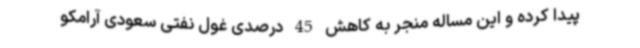
پیدا کرده و این مساله منجر به کاهش 45 درصدی غول نفتی سعودی آرامکو